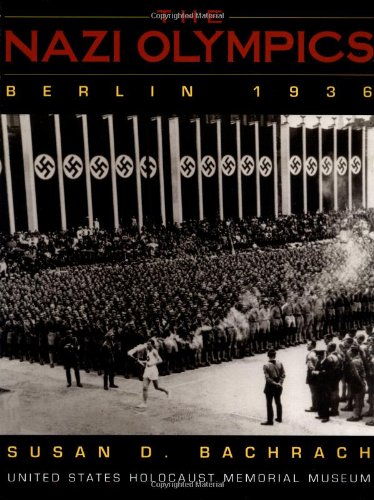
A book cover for The Nazi Olympics, Berlin 1936 (United States Holocaust Museum); Susan D. Bachrach; Children's Books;